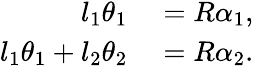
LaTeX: \begin{array}{rl}{l_{1}\theta_{1}}&{{}=R\alpha_{1},}\\ {l_{1}\theta_{1}+l_{2}\theta_{2}}&{{}=R\alpha_{2}.}\end{array}